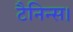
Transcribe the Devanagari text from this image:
टैनिन्स।